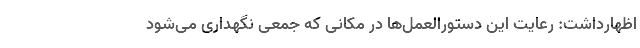
اظهارداشت: رعایت این دستورالعمل‌ها در مکانی که جمعی نگهداری می‌شود